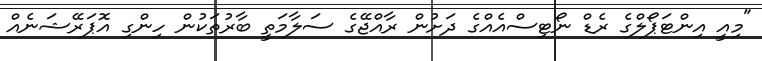
"މިއީ އިންޓަޕޯލްގެ ރެޑް ނޯޓިސްއެއްގެ ދަށުން ރާއްޖޭގެ ސަލާމަތީ ބާރުތަކުން ހިންގި އޮޕަރޭޝަނެއް